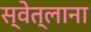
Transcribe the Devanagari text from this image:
स्वेत्लाना